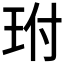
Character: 𤤕